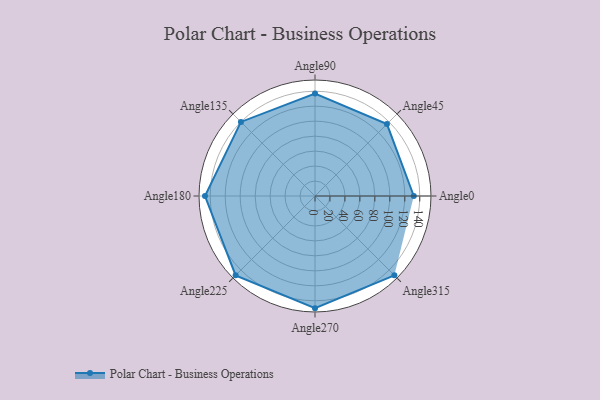
{"axis": {"x": "Angle", "y": "Radius"}, "legend": [""], "data": [{"x": "Angle0", "y": 132.0, "type": ""}, {"x": "Angle45", "y": 136.0, "type": ""}, {"x": "Angle90", "y": 137.0, "type": ""}, {"x": "Angle135", "y": 140.0, "type": ""}, {"x": "Angle180", "y": 147.0, "type": ""}, {"x": "Angle225", "y": 150.0, "type": ""}, {"x": "Angle270", "y": 150.0, "type": ""}, {"x": "Angle315", "y": 150.0, "type": ""}]}